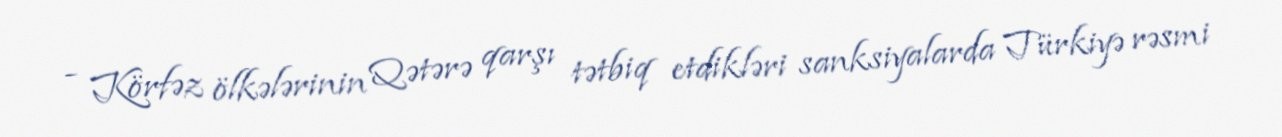
- Körfəz ölkələrinin Qətərə qarşı tətbiq etdikləri sanksiyalarda Türkiyə rəsmi